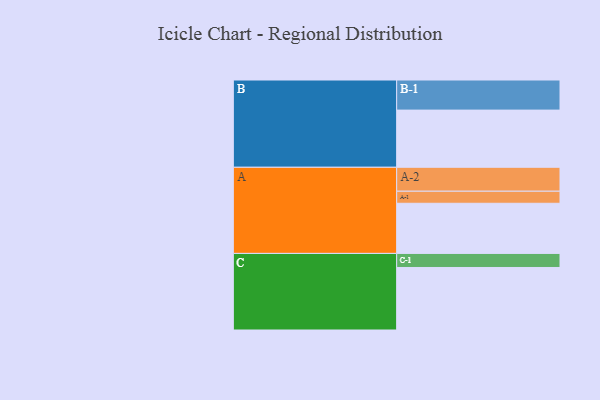
{"axis": {"x": "Segment", "y": "Value"}, "legend": ["", "A", "B", "C"], "data": [{"x": "A", "y": 478, "type": ""}, {"x": "B", "y": 545, "type": ""}, {"x": "C", "y": 596, "type": ""}, {"x": "A-1", "y": 115, "type": "A"}, {"x": "A-2", "y": 228, "type": "A"}, {"x": "B-1", "y": 287, "type": "B"}, {"x": "C-1", "y": 134, "type": "C"}]}